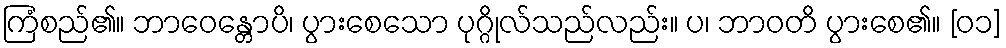
ကြံစည်၏။ ဘာဝေန္တောပိ၊ ပွားစေသော ပုဂ္ဂိုလ်သည်လည်း။ ပ၊ ဘာဝတိ ပွားစေ၏။ [၀၁]